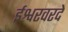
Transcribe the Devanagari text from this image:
ईश्वरवरदे